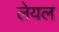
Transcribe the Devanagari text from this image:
लेयल